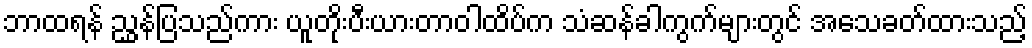
ဘာထရန် ညွှန်ပြသည်ကား ယူတိုးပီးယားတာဝါထိပ်က သံဆန်ခါကွက်များတွင် အသေခတ်ထားသည့်